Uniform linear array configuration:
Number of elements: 32
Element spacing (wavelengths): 1
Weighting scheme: cosine
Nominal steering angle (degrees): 30
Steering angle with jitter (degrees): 30.593
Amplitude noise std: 0.05
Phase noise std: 0.05

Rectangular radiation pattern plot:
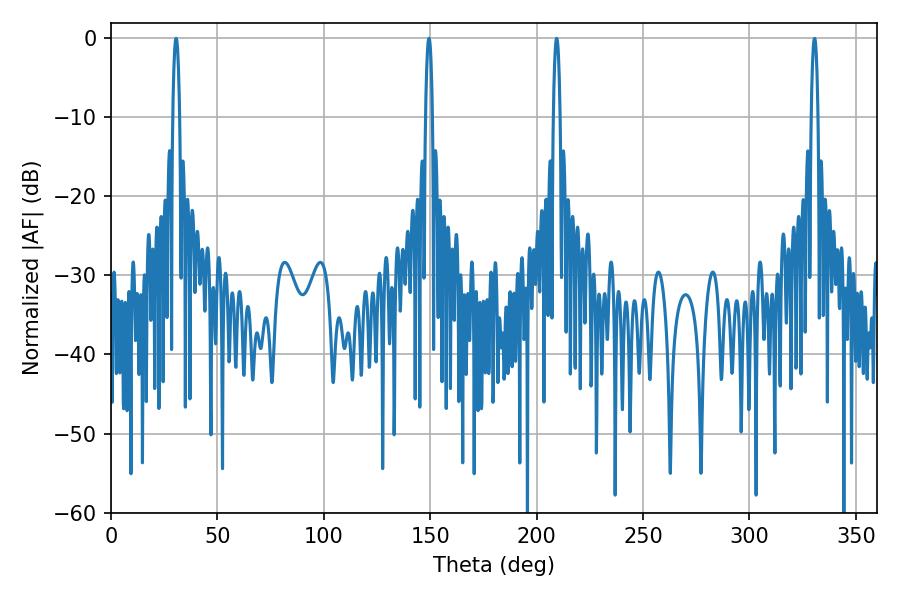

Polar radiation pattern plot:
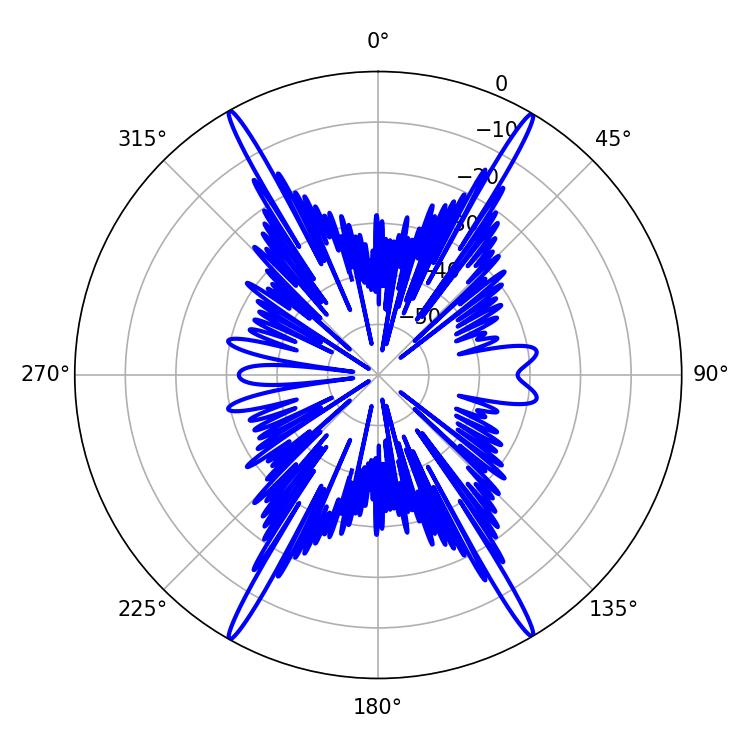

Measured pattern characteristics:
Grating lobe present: TRUE
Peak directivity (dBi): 30.274
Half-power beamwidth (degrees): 1.8
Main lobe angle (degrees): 30.6